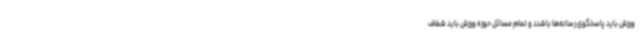
ورزش باید پاسخگوی رسانه‌ها باشند و تمام مسائل حوزه ورزش باید شفاف